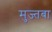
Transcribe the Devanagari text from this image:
मुज्तबा